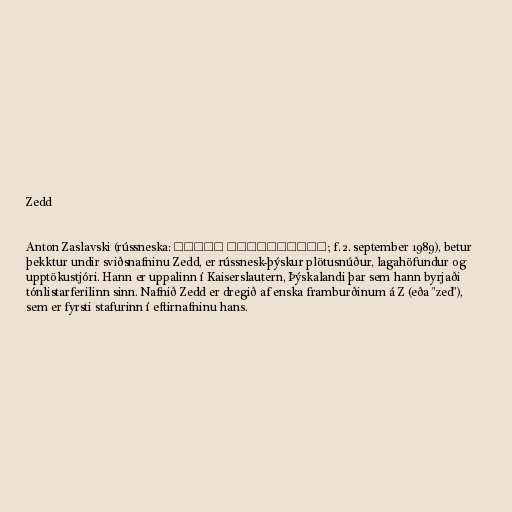
Zedd

Anton Zaslavski (rússneska: Антон Заславский; f. 2. september 1989), betur
þekktur undir sviðsnafninu Zedd, er rússnesk-þýskur plötusnúður, lagahöfundur og
upptökustjóri. Hann er uppalinn í Kaiserslautern, Þýskalandi þar sem hann byrjaði
tónlistarferilinn sinn. Nafnið Zedd er dregið af enska framburðinum á Z (eða "zed"),
sem er fyrsti stafurinn í eftirnafninu hans.